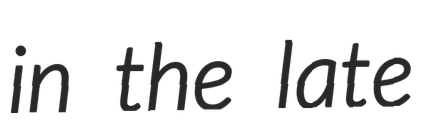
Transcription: in the late